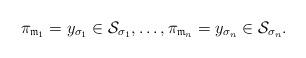
LaTeX: \begin{align*} \pi_{\mathfrak{m}_1}=y_{\sigma_1}\in\mathcal{S}_{\sigma_1},\ldots,\pi_{\mathfrak{m}_n}=y_{\sigma_n}\in\mathcal{S}_{\sigma_n}.\end{align*}